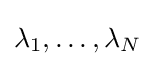
\lambda _{1},\ldots ,\lambda _{N}